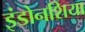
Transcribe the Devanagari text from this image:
इंडोनशिया